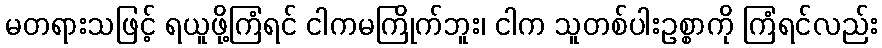
မတရားသဖြင့် ရယူဖို့ကြံရင် ငါကမကြိုက်ဘူး၊ ငါက သူတစ်ပါးဥစ္စာကို ကြံရင်လည်း